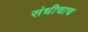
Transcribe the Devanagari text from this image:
संधीचाच